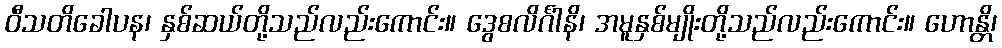
ဝီသတိခေါပန၊ နှစ်ဆယ်တို့သည်လည်းကောင်း။ ဒွေစလိင်္ဂါနိ၊ အမူနှစ်မျိုးတို့သည်လည်းကောင်း။ ဟောန္တိ၊